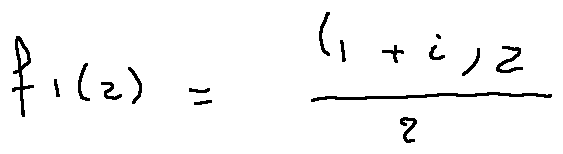
f _ { 1 } ( z ) = \frac { ( 1 + i ) z } { 2 }